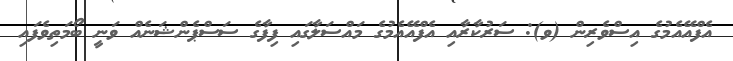
އެފްއޭއެމުގެ އިސްވެރިން (ވ): ސަރުކާރާއި އެފްއޭއެމުގެ މައްސަލާގައި ފިފާގެ ސަސްޕެންޝަނެއް ވަނީ ބޯމަތިވެފައި